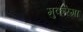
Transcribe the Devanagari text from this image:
मुकरेगा